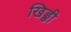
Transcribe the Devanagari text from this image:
खिड्डी